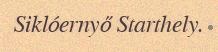
Siklóernyő Starthely.